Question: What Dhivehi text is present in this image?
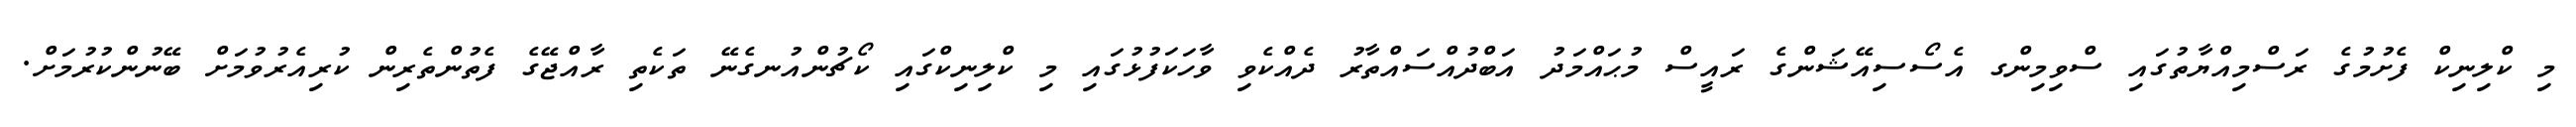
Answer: މި ކްލިނިކް ފެށުމުގެ ރަސްމިއްޔާތުގައި ސްވިމިންގ އެސޯސިއޭޝަންގެ ރައީސް މުޙައްމަދު އަބްދުއްސައްތާރު ދެއްކެވި ވާހަކަފުޅުގައި މި ކްލިނިކްގައި ކޯޗުންއުނގެނޭ ތަކެތި ރާއްޖޭގެ ފެތުންތެރިން ކުރިއެރުވުމަށް ބޭނުންކުރުމަށް.